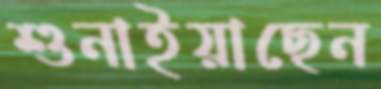
শুনাইয়াছেন